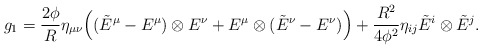
\begin{align*}g_1=\frac{2\phi}{R}\eta_{\mu\nu}\Big( (\tilde E^{\mu}-E^\mu)\otimes E^\nu+E^\mu\otimes(\tilde E^\nu-E^\nu)\Big)+\frac{R^2}{4\phi^2}\eta_{ij}\tilde E^i\otimes\tilde E^{j}.\end{align*}